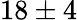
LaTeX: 18\pm 4